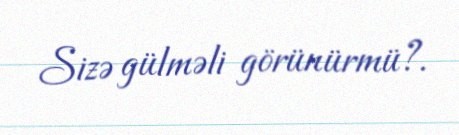
Sizə gülməli görünürmü?.